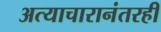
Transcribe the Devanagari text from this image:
अत्याचारानंतरही